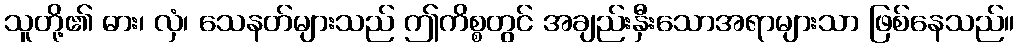
သူတို့၏ ဓား၊ လှံ၊ သေနတ်များသည် ဤကိစ္စတွင် အချည်းနှီးသောအရာများသာ ဖြစ်နေသည်။